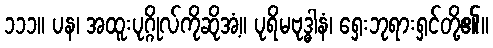
၁၁၁။ ပန၊ အထူးပုဂ္ဂိုလ်ကိုဆိုအံ့။ ပုရိမဗုဒ္ဓါနံ၊ ရှေးဘုရားရှင်တို့၏။